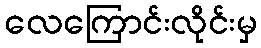
လေကြောင်းလိုင်းမှ